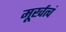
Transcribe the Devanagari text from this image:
मूर्खत्वं